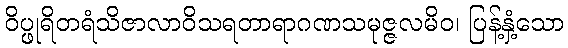
ဝိပ္ဖုရိတရံသိဇာလာဝိသရတာရာဂဏသမုဇ္ဇလမိဝ၊ ပြန့်နှံ့သော